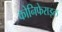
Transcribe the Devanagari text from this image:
कोनिफेराइल